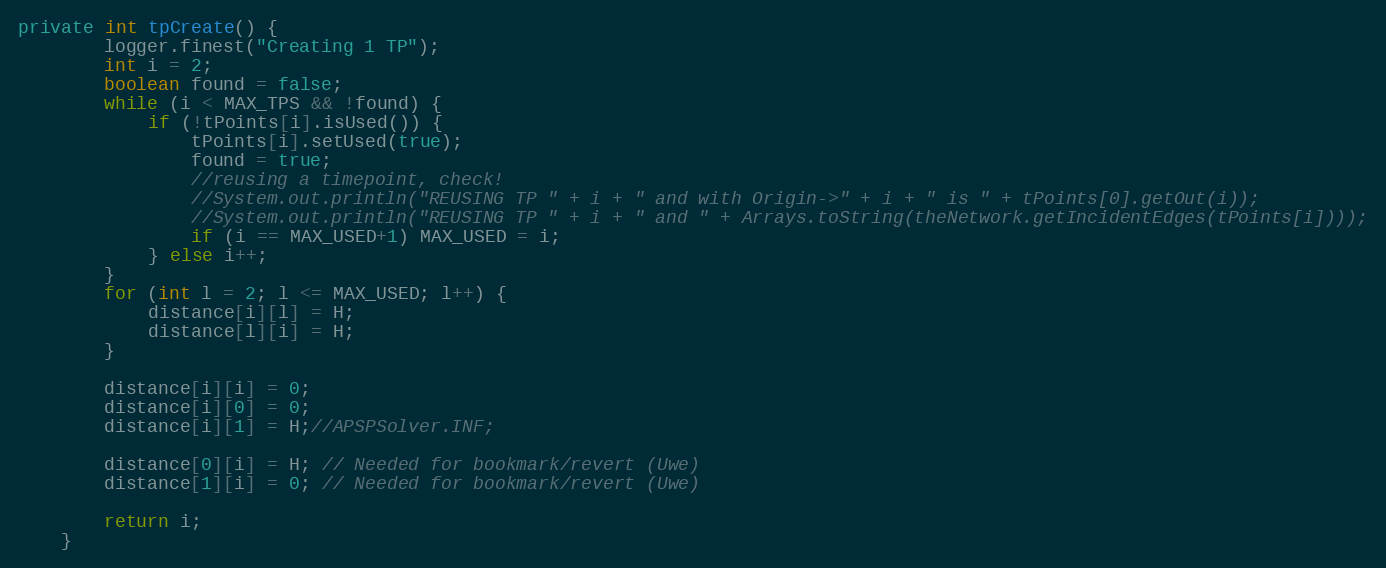
Language: Java
private int tpCreate() {
		logger.finest("Creating 1 TP");
		int i = 2;
		boolean found = false;
		while (i < MAX_TPS && !found) {
			if (!tPoints[i].isUsed()) {
				tPoints[i].setUsed(true);
				found = true;
				//reusing a timepoint, check!
				//System.out.println("REUSING TP " + i + " and with Origin->" + i + " is " + tPoints[0].getOut(i));
				//System.out.println("REUSING TP " + i + " and " + Arrays.toString(theNetwork.getIncidentEdges(tPoints[i])));
				if (i == MAX_USED+1) MAX_USED = i;
			} else i++;
		}
		for (int l = 2; l <= MAX_USED; l++) {
			distance[i][l] = H;
			distance[l][i] = H;
		}

		distance[i][i] = 0;
		distance[i][0] = 0;
		distance[i][1] = H;//APSPSolver.INF;

		distance[0][i] = H; // Needed for bookmark/revert (Uwe)
		distance[1][i] = 0; // Needed for bookmark/revert (Uwe)

		return i;
	}